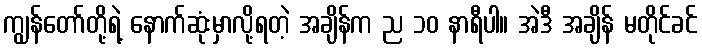
ကျွန်တော်တို့ရဲ့ နောက်ဆုံးမှာလို့ရတဲ့ အချိန်က ည ၁၀ နာရီပါ။ အဲဒီ အချိန် မတိုင်ခင်